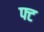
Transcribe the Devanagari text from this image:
फ्ट